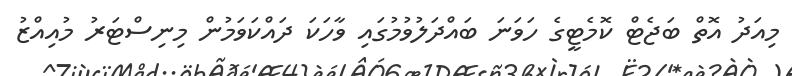
މިއަދު އޮތް ބަޖެޓް ކޮމެޓީގެ ހަވަނަ ބައްދަލުވުމުގައި ވާހަކަ ދައްކަވަމުން މިނިސްޓަރު މުއިއްޒު